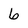
Character: 6